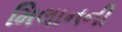
મિલાનની